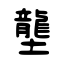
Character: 壟